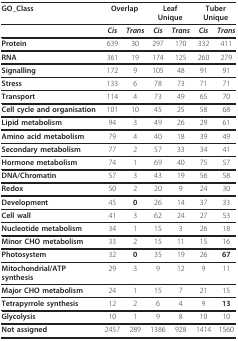
<table><thead><tr><td><b>GO_Class</b></td><td colspan="2"><b>Overlap</b></td><td colspan="2"><b>Leaf Unique</b></td><td colspan="2"><b>Tuber Unique</b></td></tr></thead><tbody><tr><td></td><td><b><i>Cis</i></b></td><td><b><i>Trans</i></b></td><td><b><i>Cis</i></b></td><td><b><i>Trans</i></b></td><td><b><i>Cis</i></b></td><td><b><i>Trans</i></b></td></tr><tr><td><b>Protein</b></td><td>639</td><td>30</td><td>297</td><td>170</td><td>332</td><td>411</td></tr><tr><td><b>RNA</b></td><td>361</td><td>19</td><td>174</td><td>125</td><td>260</td><td>279</td></tr><tr><td><b>Signalling</b></td><td>172</td><td>9</td><td>105</td><td>48</td><td>91</td><td>91</td></tr><tr><td><b>Stress</b></td><td>133</td><td>6</td><td>78</td><td>73</td><td>71</td><td>71</td></tr><tr><td><b>Transport</b></td><td>114</td><td>4</td><td>73</td><td>49</td><td>65</td><td>70</td></tr><tr><td><b>Cell cycle and organisation</b></td><td>101</td><td>10</td><td>45</td><td>25</td><td>58</td><td>68</td></tr><tr><td><b>Lipid metabolism</b></td><td>94</td><td>3</td><td>49</td><td>26</td><td>29</td><td>61</td></tr><tr><td><b>Amino acid metabolism</b></td><td>79</td><td>4</td><td>40</td><td>18</td><td>39</td><td>49</td></tr><tr><td><b>Secondary metabolism</b></td><td>77</td><td>2</td><td>57</td><td>33</td><td>34</td><td>41</td></tr><tr><td><b>Hormone metabolism</b></td><td>74</td><td>1</td><td>69</td><td>40</td><td>75</td><td>57</td></tr><tr><td><b>DNA/Chromatin</b></td><td>57</td><td>3</td><td>43</td><td>19</td><td>56</td><td>58</td></tr><tr><td><b>Redox</b></td><td>50</td><td>2</td><td>20</td><td>9</td><td>24</td><td>30</td></tr><tr><td><b>Development</b></td><td>45</td><td><b>0</b></td><td>26</td><td>14</td><td>37</td><td>33</td></tr><tr><td><b>Cell wall</b></td><td>41</td><td>3</td><td>62</td><td>24</td><td>27</td><td>53</td></tr><tr><td><b>Nucleotide metabolism</b></td><td>34</td><td>1</td><td>15</td><td>3</td><td>26</td><td>18</td></tr><tr><td><b>Minor CHO metabolism</b></td><td>33</td><td>2</td><td>15</td><td>11</td><td>15</td><td>16</td></tr><tr><td><b>Photosystem</b></td><td>32</td><td><b>0</b></td><td>35</td><td>19</td><td>26</td><td><b>67</b></td></tr><tr><td><b>Mitochondrial/ATP synthesis</b></td><td>29</td><td>3</td><td>9</td><td>12</td><td>9</td><td>11</td></tr><tr><td><b>Major CHO metabolism</b></td><td>24</td><td>1</td><td>15</td><td>7</td><td>21</td><td>15</td></tr><tr><td><b>Tetrapyrrole synthesis</b></td><td>12</td><td>2</td><td>6</td><td>4</td><td>9</td><td><b>13</b></td></tr><tr><td><b>Glycolysis</b></td><td>10</td><td>1</td><td>9</td><td>8</td><td>10</td><td>10</td></tr><tr><td><b>Not assigned</b></td><td>2457</td><td>289</td><td>1386</td><td>928</td><td>1414</td><td>1560</td></tr></tbody></table>